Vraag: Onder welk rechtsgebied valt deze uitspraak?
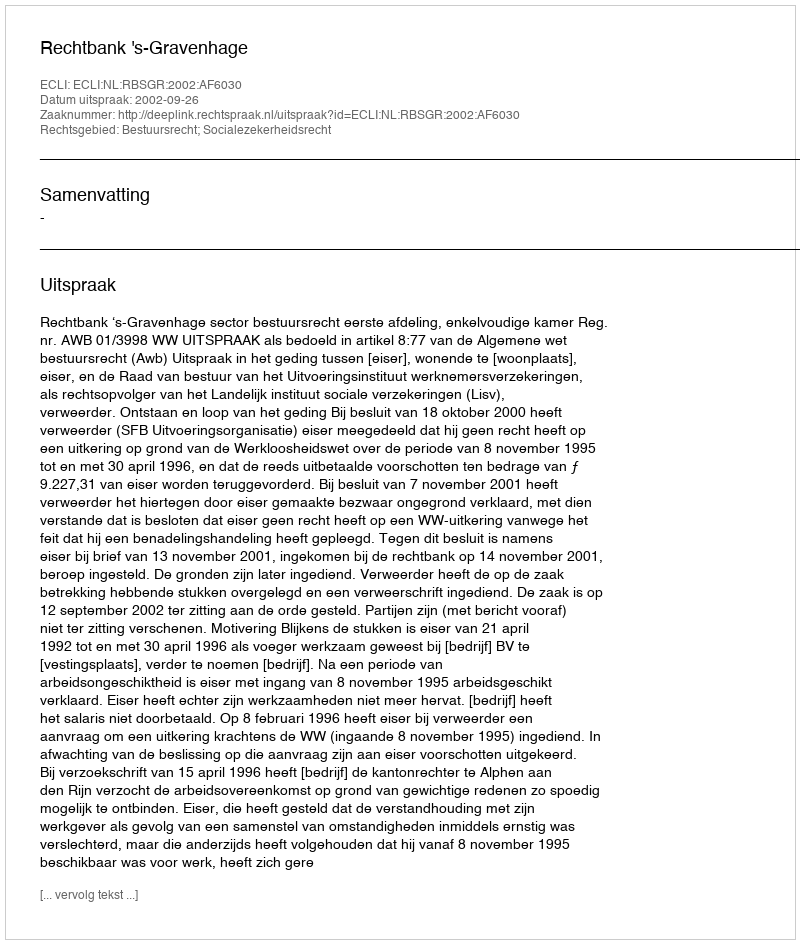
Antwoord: Bestuursrecht; Socialezekerheidsrecht